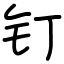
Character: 钉